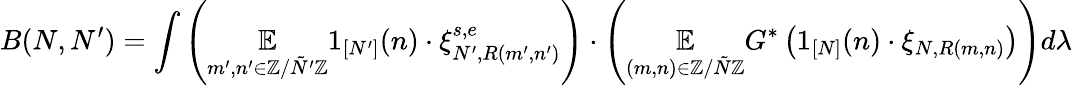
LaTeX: B(N,N^{\prime})=\int\left(\underset{m^{\prime},n^{\prime}\in\mathbb{Z}/\tilde{N}^{\prime}\mathbb{Z}}{\mathbb{E}}1_{[N^{\prime}]}(n)\cdot\xi_{N^{\prime},R(m^{\prime},n^{\prime})}^{s,e}\right)\cdot\left(\underset{(m,n)\in\mathbb{Z}/\tilde{N}\mathbb{Z}}{\mathbb{E}}G^{*}\left(1_{[N]}(n)\cdot\xi_{N,R(m,n)}\right)\right)d\lambda